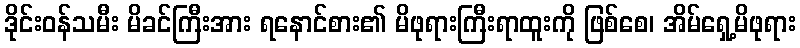
ဒိုင်းဝန်သမီး မိခင်ကြီးအား ရနောင်စား၏ မိဖုရားကြီးရာထူးကို ဖြစ်စေ၊ အိမ်ရှေ့မိဖုရား